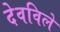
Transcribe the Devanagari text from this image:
देवविले